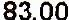
83.00